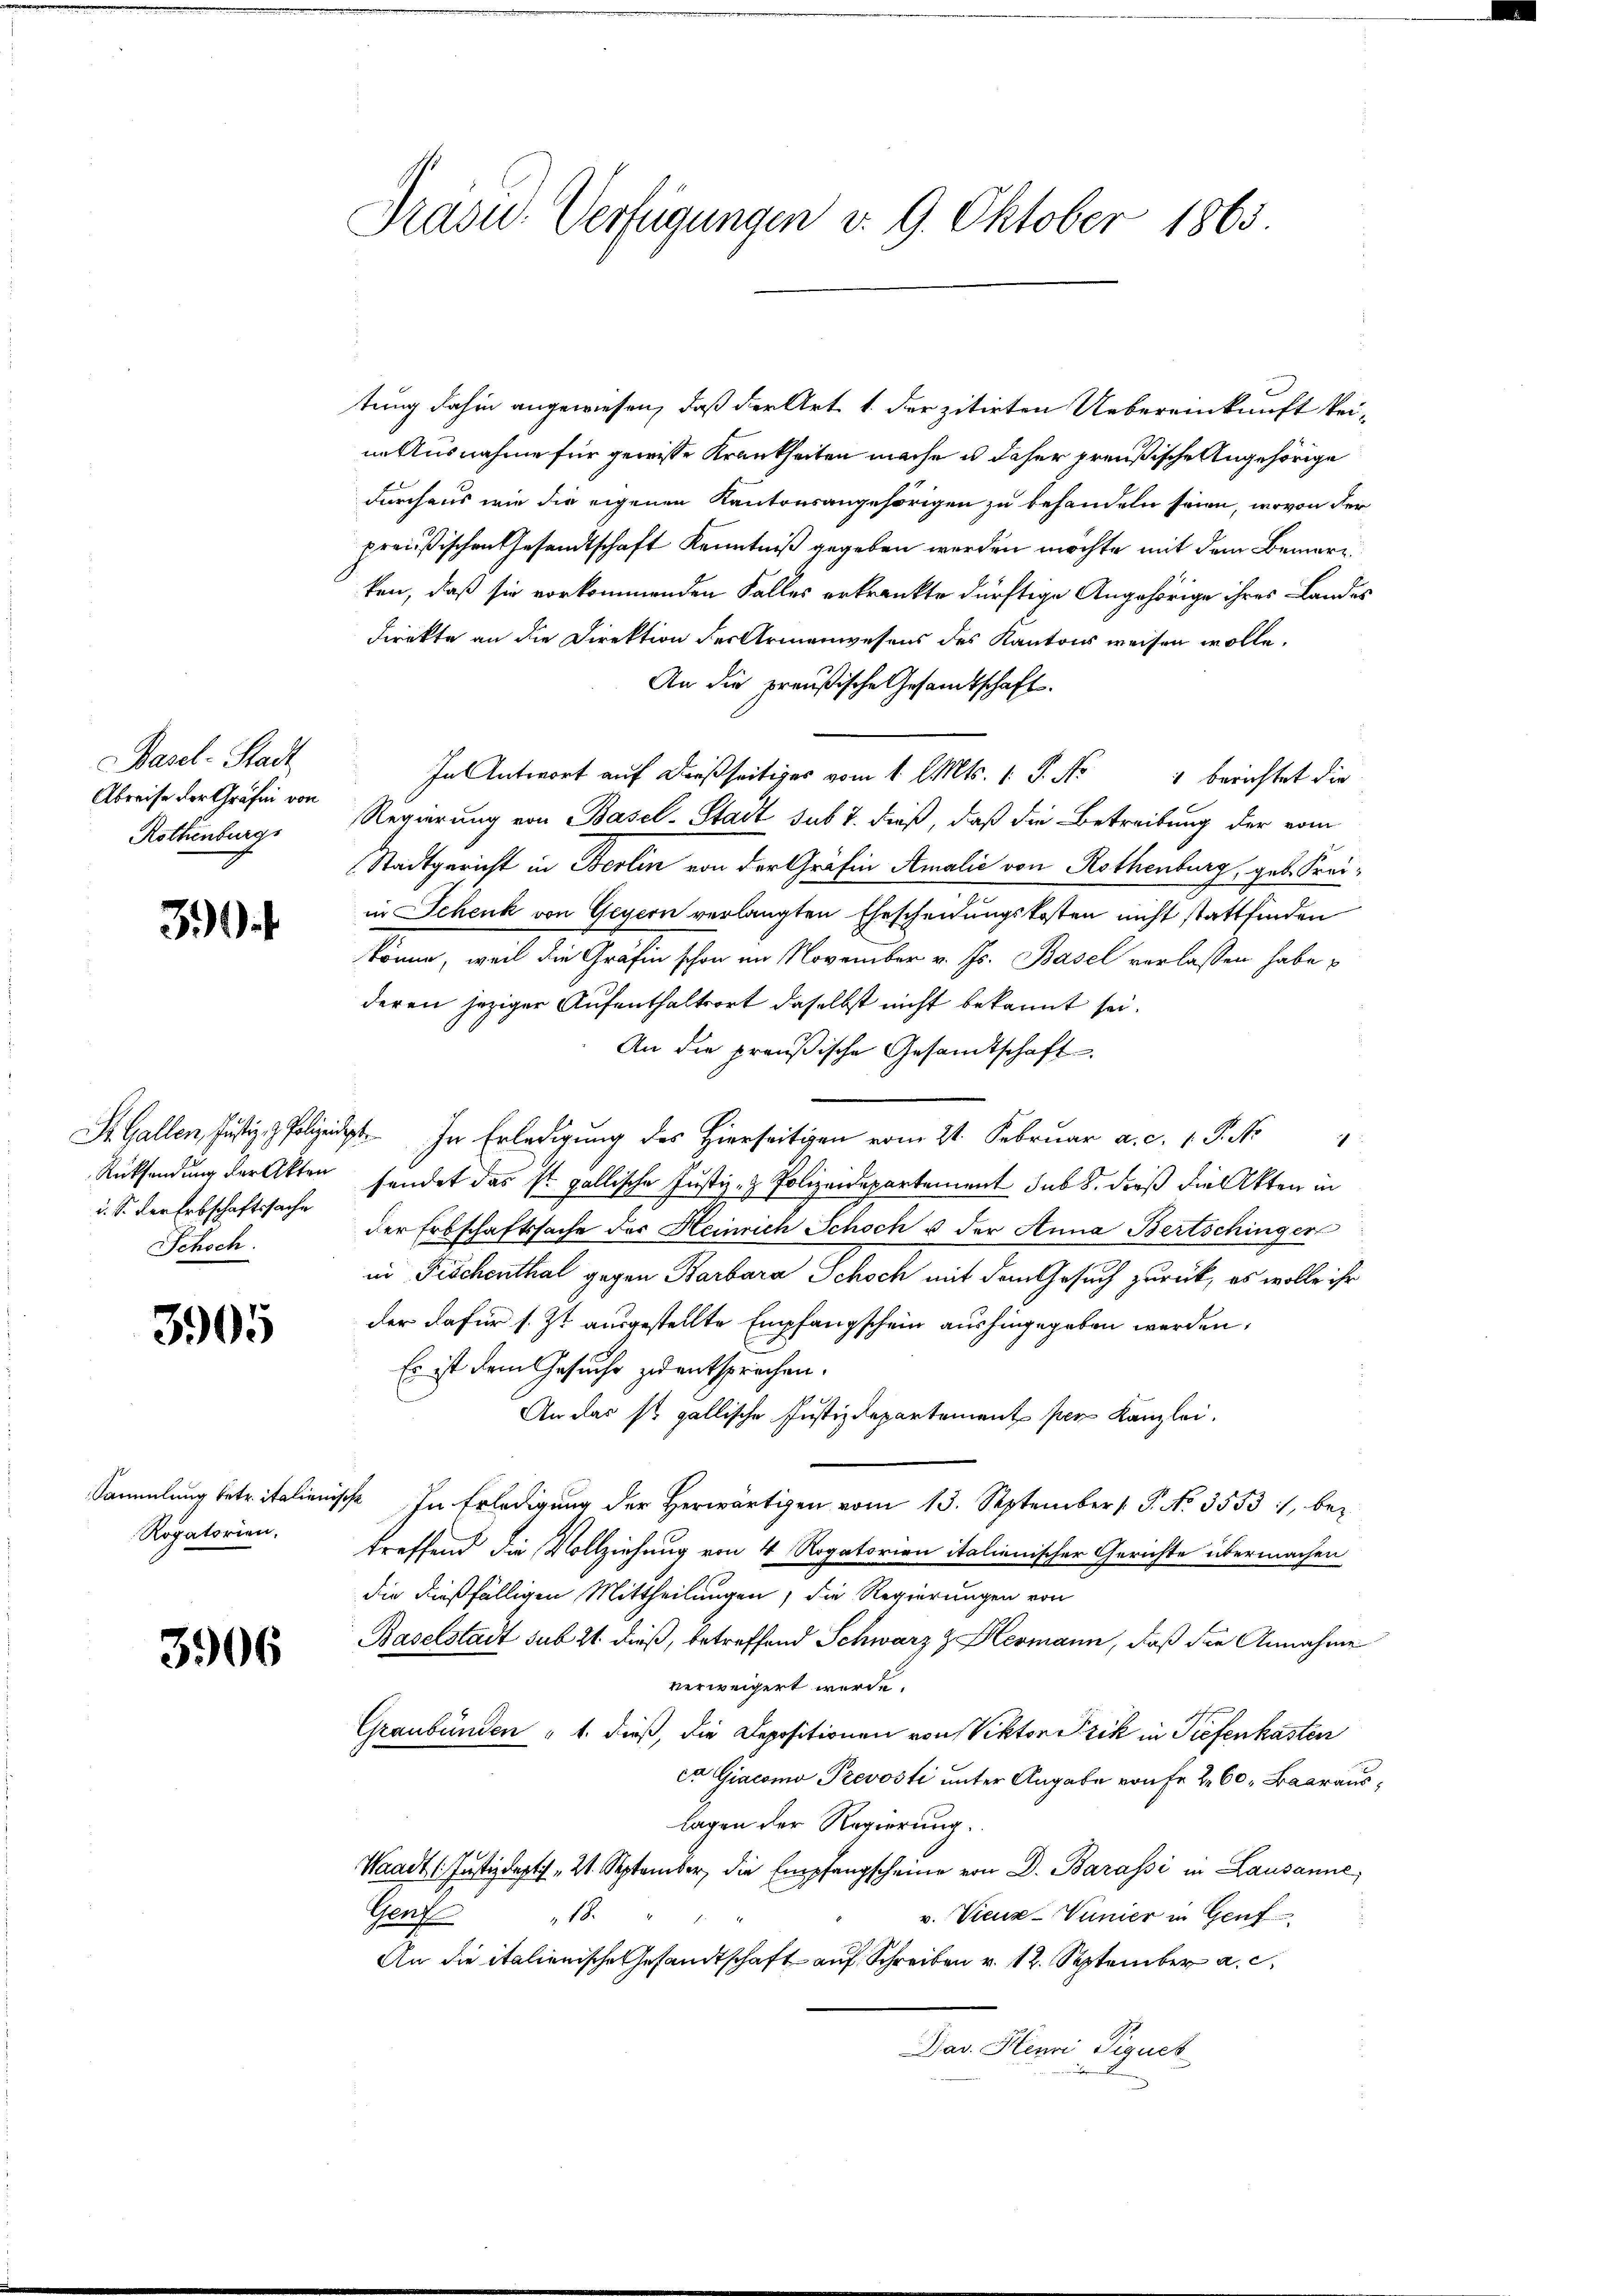
Basel-Stadt
Abreise der Gräfin von
Rothenburg

3

u. S. Der Erbschaftssache
Schoch.

3905

Rogatorien.

3906

Präsid. Verfügungen v. 9. Oktober 1865

tung dahin angewiesen, daß der Art. 1. der zitirten Uebereinkunft keine Ausnahme für gewisse Krankheiten mache u daher preußische Angehörige
durchaus wie die eigenen Kantonsangehörigen zu behandeln seien, wovon der
preußischen Gesandtschaft Kenntniß gegeben werden möchte mit dem Bemer
ken, daß sie vorkommenden Falles erkränkte dürftige Angehörige ihres Landes
direkte an die Direktion des Armenwesens des Kantons weisen wolle.
An die preußische Gesandtschaft.
In Antwort auf dießseitiges vom 1. l. Mts. 1. P. Nr. 1 berichtet die
Regierung von Basel-Stadt sub 7. dieß, daß die Betreibung der vom
Stadtgericht in Berlin von der Gräfin Amalić von Rothenburg, geb. Kreiin Schenk von Gegern verlangten Ehescheidungskosten nicht stattfinden
könne, weil die Gräfin schon in November v. Js. Basel verlassen habe,
deren jeziger Aufenthaltsort daselbst nicht bekannt sei.
An die preußische Gesandtschaft
S. Gallen Justiz & Polit. In Erledigung des Hierseitigen vom 21. Februar a. c. 1. P. Nr. 4
Rücksendung der Akten sendet das st. gallische Justiz- & Polizeidepartement sub 8. dieß die Akten in
der Erbschaftssache der Heinrich Schoch u der Anna Bertschinger
in Fischenthal gegen Barbara Schoch mit dem Gesuch zurück, es wolle ihr
der dafür s. Zt. ausgestellte Empfangschein aushingegeben werden,
Es ist dem Gesuche zu entsprechen.
An das so gallische Justizdepartement per Kanzlei.
Sammlung betr. italienische In Erledigung der herwärtigen vom 13. September 1 S. No. 3553 :/ bez
treffend die Vollziehung von 4 Rogatorien italienischer Gerichte übermachen
die dießfälligen Mittheilungen, die Regierungen von
Baselstadt sub 21. dieß, betreffend Schwarz z. Hermann, daß die Annahme
verweigert werde.
Graubünden " 1. dieß, die Depositionen von Viktor Frik in Tiefenkasten
ca Giacomo Prevosti unter Angabe von Fr. 260. Baaraus,
lagen der Regierung.
Waadt (Justizdepti , 21. September die Empfangscheine von D. Barassi in Lausanne,
Genf
11.
v. Vieux-Vunier in Genf
An die italienische Gesandtschaft auf Schreiben v. 12. September a. c.
Dav. Henri Piques